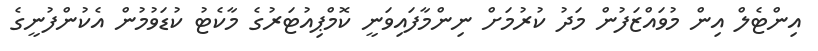
އިންޓެލް އިން މުވައްޒަފުން މަދު ކުރުމަށް ނިންމާފައިވަނީ ކޮމްޕިއުޓަރުގެ މާކެޓު ކުޑަވުމުން އެކުންފުނީގެ